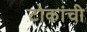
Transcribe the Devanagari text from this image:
टोकांची